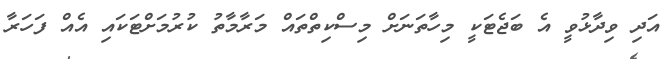
އަދި ވިދާޅުވީ އެ ބަޖެޓަކީ މިހާތަނަށް މިސްކިތްތައް މަރާމާތު ކުރުމަށްޓަކައި އެއް ފަހަރާ